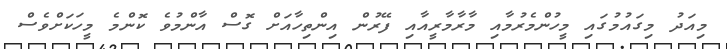
މިއަދު މިގައުމުގައި މީހުންމެރުމާއި މާރާމާރީއާއި ފޭރުން އިންތިހާއަށް ގޮސް އާންމުވެ ކޮންމެ މީހަކަށްވެސް